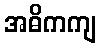
အဓိကကျ